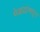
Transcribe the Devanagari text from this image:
मेळय़ांमधून